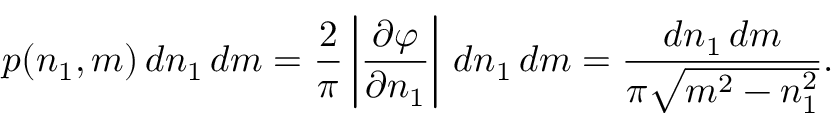
p ( n _ { 1 } , m ) \, d n _ { 1 } \, d m = \frac { 2 } { \pi } \left| \frac { \partial \varphi } { \partial n _ { 1 } } \right| \, d n _ { 1 } \, d m = \frac { d n _ { 1 } \, d m } { \pi \sqrt { m ^ { 2 } - n _ { 1 } ^ { 2 } } } .